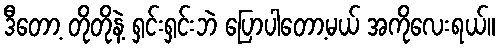
ဒီတော့ တိုတိုနဲ့ ရှင်းရှင်းဘဲ ပြောပါတော့မယ် အကိုလေးရယ်။